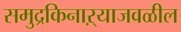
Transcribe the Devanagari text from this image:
समुद्रकिनाऱ्याजवळील